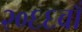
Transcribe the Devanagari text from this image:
२०६६वाँ